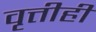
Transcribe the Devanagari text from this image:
वृत्तीही